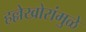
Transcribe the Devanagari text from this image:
हल्लेखोरांमुळे